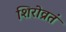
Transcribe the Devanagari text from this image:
शिरोव्रतं